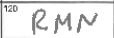
Transcription: RMN